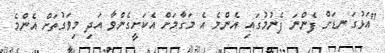
"އަޅުގަނޑަށް ފެންނަ ފެނުމުގައި އެންމެ އެ މަގާމަށް އެކަށީގެންވާ އަދި މިވަގުތަށް އެންމެ